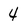
Character: 4